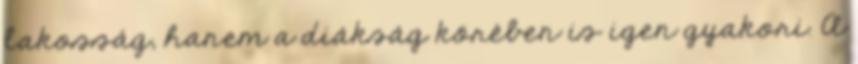
lakosság, hanem a diákság körében is igen gyakori. A